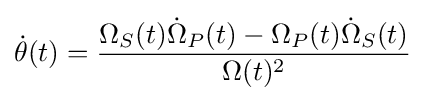
{\dot {\theta }}(t)={\frac {\Omega _{S}(t){\dot {\Omega }}_{P}(t)-\Omega _{P}(t){\dot {\Omega }}_{S}(t)}{\Omega (t)^{2}}}